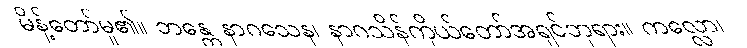
မိန့်တော်မူ၏။ ဘန္တေ နာဂသေန၊ နာဂသိန်ကိုယ်တော်အရှင်ဘုရား။ ကလ္လော၊